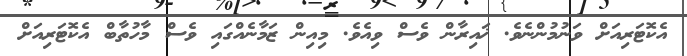
އެކޮޓަރިއަށް ވަނުމުންނެވެ. ޚައިރާން ވެސް ވިއެވެ. މިއިން ޒަމާނެއްގައި ވެސް މާހުތާބް އެކޮޓަރިއަށް